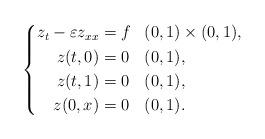
LaTeX: \begin{align*} \left\{ \begin{aligned} z_t - \varepsilon z_{xx} & = f && (0,1) \times (0,1), \\ z(t,0) &= 0 && (0,1), \\ z(t,1) &= 0 && (0,1), \\ z(0,x) &= 0 && (0,1). \end{aligned} \right.\end{align*}